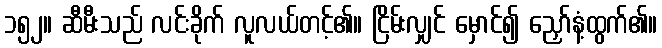
၁၅၂။ ဆီမီးသည် လင်းခိုက် လူလယ်တင့်၏။ ငြိမ်းလျှင် မှောင်၍ ညှော်နံ့ထွက်၏။